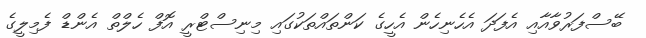
ބޭސްފަރުވާއާއި އެފަދަ އެހެނިހެން އެހީގެ ކަންތައްތަކުގައި މިނިސްޓްރީ އޮފް ހެލްތް އެންޑް ފެމިލީގެ